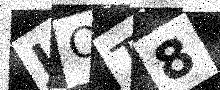
Text: JQT8